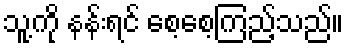
သူ့ကို နန်းရင် စေ့စေ့ကြည့်သည်။